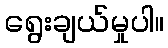
ရွေးချယ်မှုပါ။